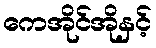
ကေအိုင်အိုနှင့်